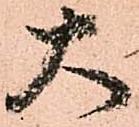
大